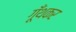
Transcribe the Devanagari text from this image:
गूँथकर